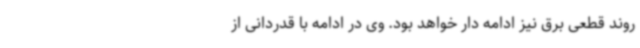
روند قطعی برق نیز ادامه دار خواهد بود. وی در ادامه با قدردانی از